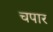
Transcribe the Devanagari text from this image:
चपार